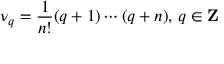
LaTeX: \nu _ { q } = { \frac { 1 } { n ! } } ( q + 1 ) \cdots ( q + n ) , \, q \in { \bf Z }